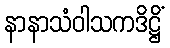
နာနာသံဝါသကဒိဋ္ဌိံ